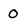
Character: 0